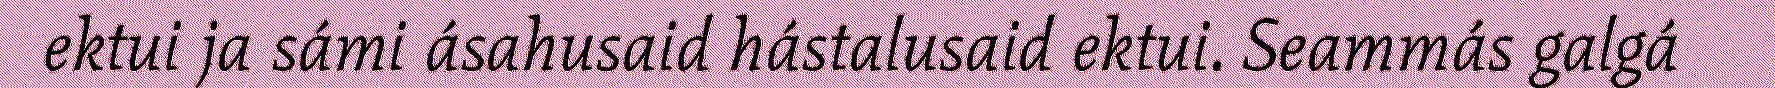
ektui ja sámi ásahusaid hástalusaid ektui. Seammás galgá